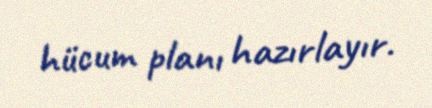
hücum planı hazırlayır.